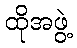
ထိုအဖွဲ့